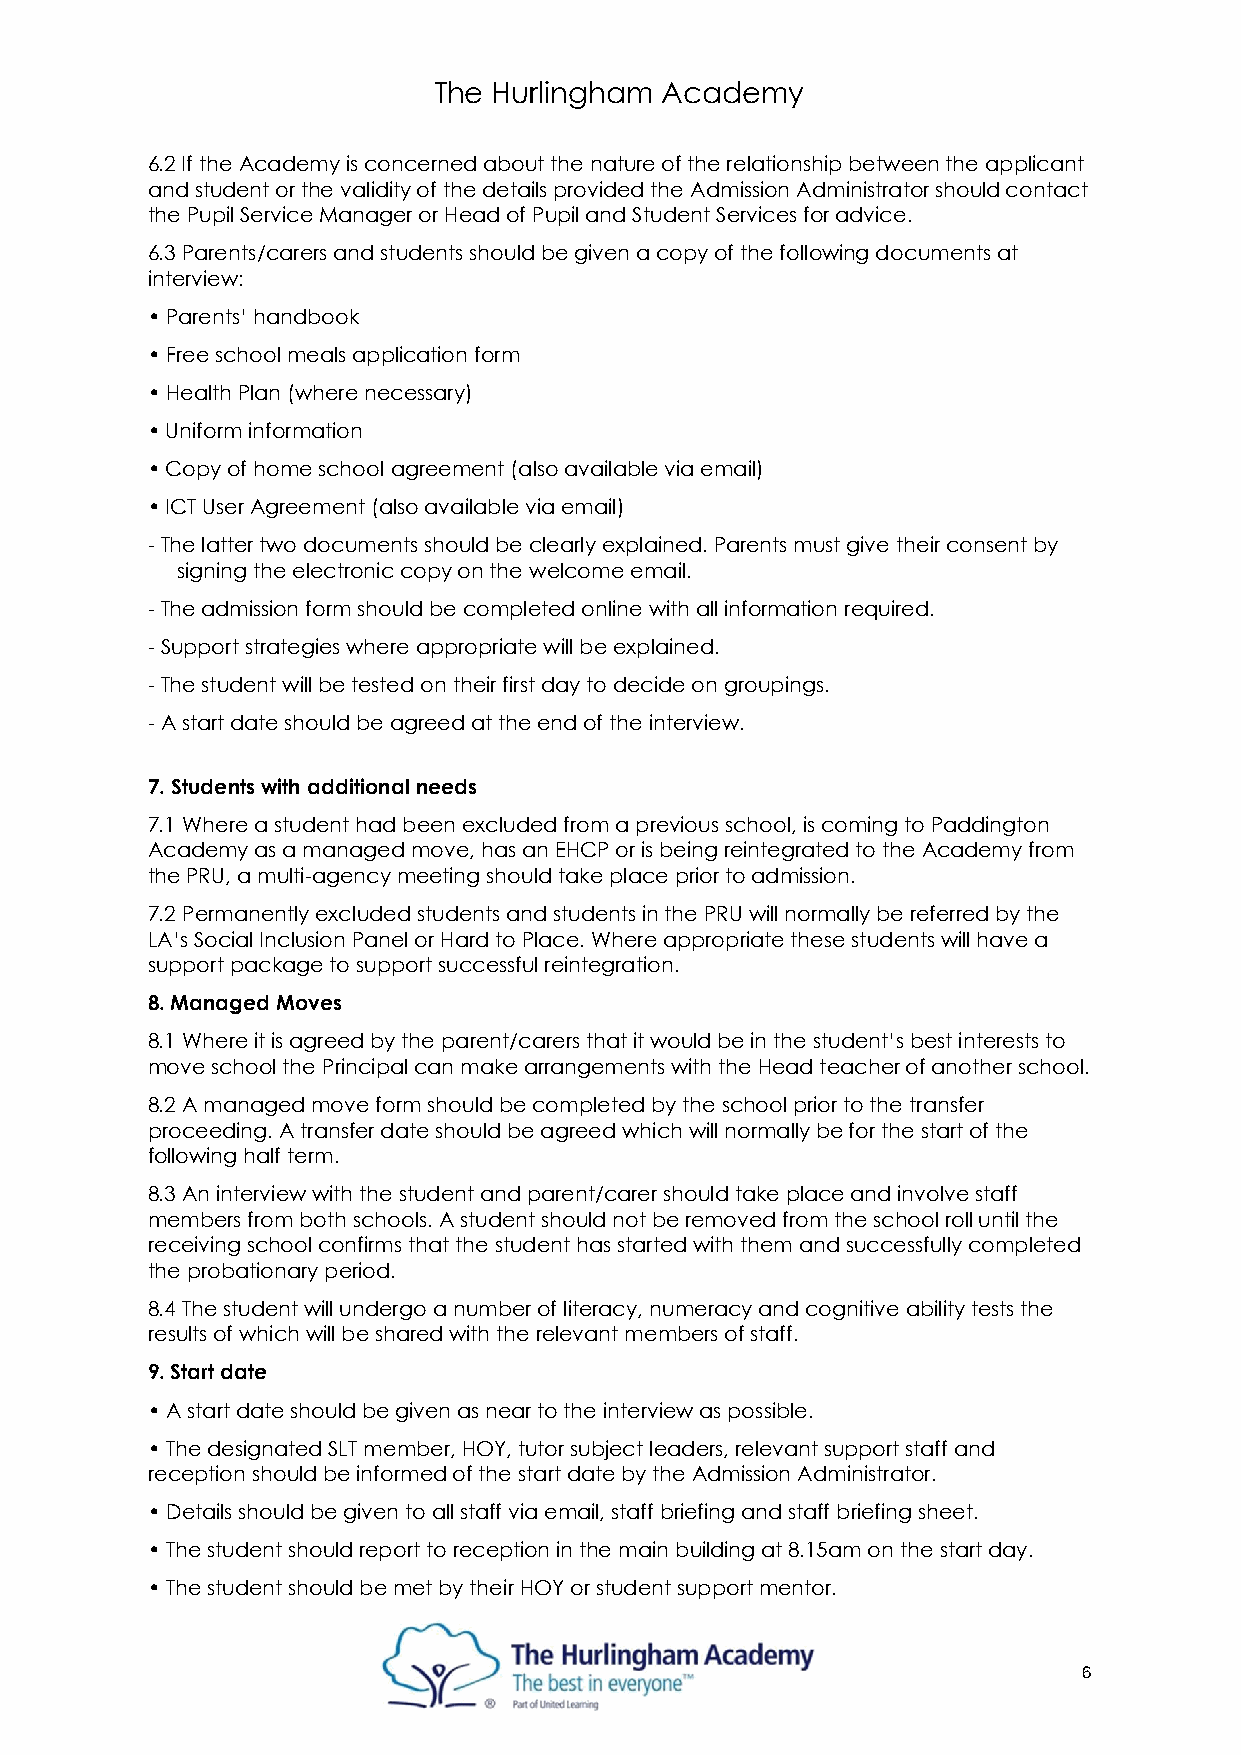
The Hurlingham Academy
 6.2 If the Academy is concerned about the nature of the relationship between the applicant
 and student or the validity of the details provided the Admission Administrator should contact
 the Pupil Service Manager or Head of Pupil and Student Services for advice.
 6.3 Parents/carers and students should be given a copy of the following documents at
 interview:
 • Parents’ handbook
 • Free school meals application form
 • Health Plan (where necessary)
 • Uniform information
 • Copy of home school agreement (also available via email)
 • ICT User Agreement (also available via email)
 - The latter two documents should be clearly explained. Parents must give their consent by
 signing the electronic copy on the welcome email.
 - The admission form should be completed online with all information required.
 - Support strategies where appropriate will be explained.
 - The student will be tested on their first day to decide on groupings.
 - A start date should be agreed at the end of the interview.
 7. Students with additional needs
 7.1 Where a student had been excluded from a previous school, is coming to Paddington
 Academy as a managed move, has an EHCP or is being reintegrated to the Academy from
 the PRU, a multi-agency meeting should take place prior to admission.
 7.2 Permanently excluded students and students in the PRU will normally be referred by the
 LA’s Social Inclusion Panel or Hard to Place. Where appropriate these students will have a
 support package to support successful reintegration.
 8. Managed Moves
 8.1 Where it is agreed by the parent/carers that it would be in the student’s best interests to
 move school the Principal can make arrangements with the Head teacher of another school.
 8.2 A managed move form should be completed by the school prior to the transfer
 proceeding. A transfer date should be agreed which will normally be for the start of the
 following half term.
 8.3 An interview with the student and parent/carer should take place and involve staff
 members from both schools. A student should not be removed from the school roll until the
 receiving school confirms that the student has started with them and successfully completed
 the probationary period.
 8.4 The student will undergo a number of literacy, numeracy and cognitive ability tests the
 results of which will be shared with the relevant members of staff.
 9. Start date
 • A start date should be given as near to the interview as possible.
 • The designated SLT member, HOY, tutor subject leaders, relevant support staff and
 reception should be informed of the start date by the Admission Administrator.
 • Details should be given to all staff via email, staff briefing and staff briefing sheet.
 • The student should report to reception in the main building at 8.15am on the start day.
 • The student should be met by their HOY or student support mentor.
 6